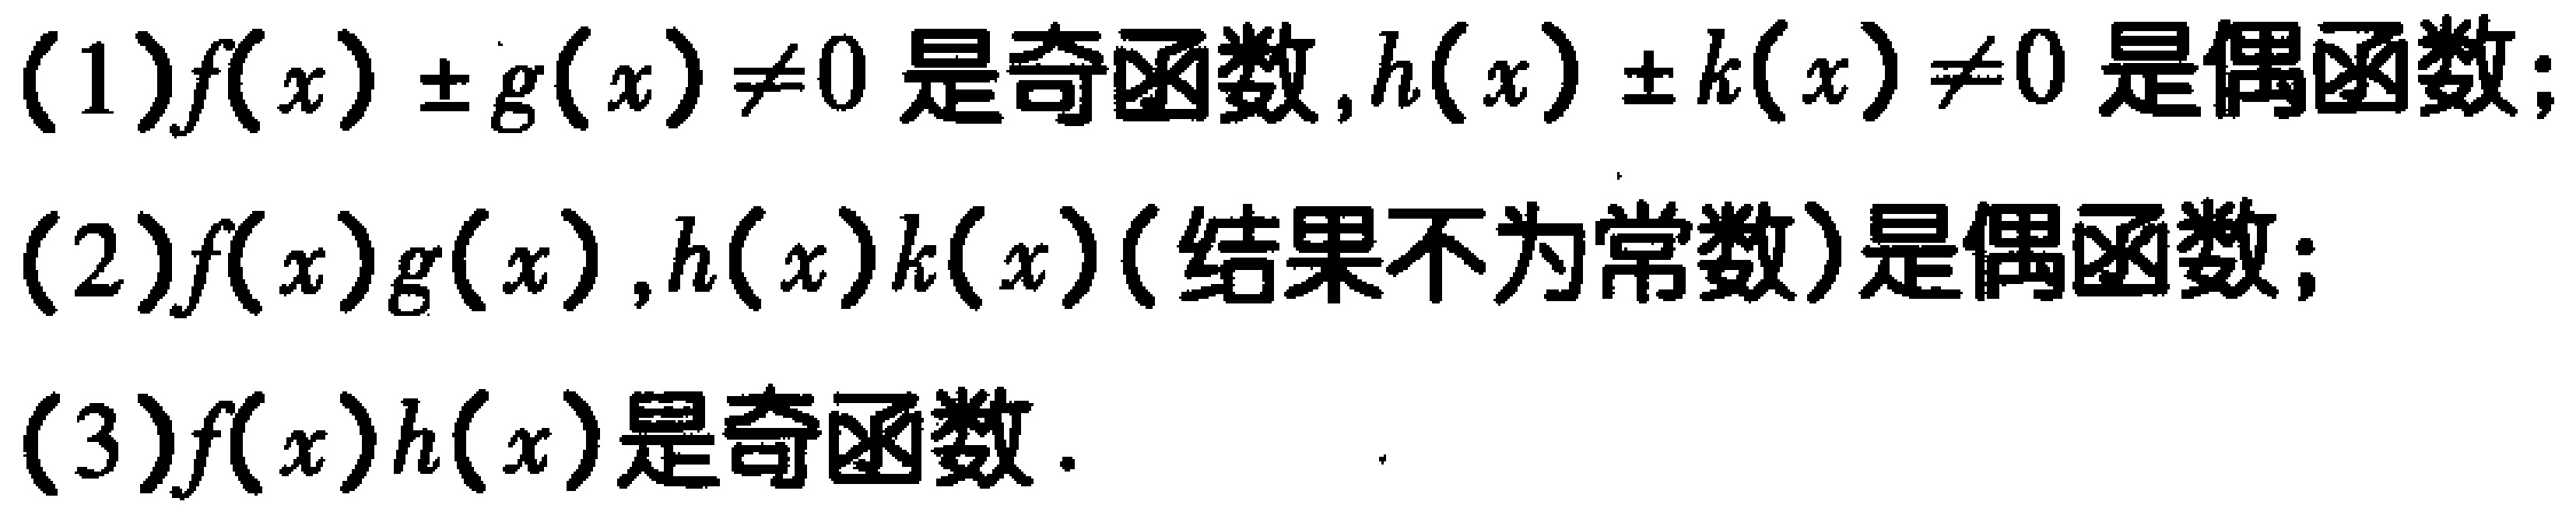
(1)$f(x)\pm g(x)\neq0$是奇函数,$h(x)\pm k(x)\neq0$是偶函数;

(2)$f(x)g(x),h(x)k(x)$(结果不为常数)是偶函数;

(3)$f(x)h(x)$是奇函数.